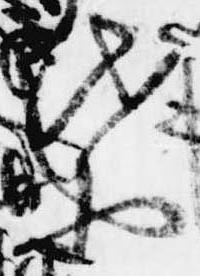
は